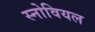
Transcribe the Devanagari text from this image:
स्नोवियल